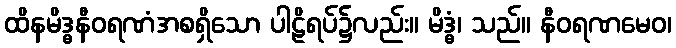
ထိနမိဒ္ဓနီဝရဏံအစရှိသော ပါဠိရပ်၌လည်း။ မိဒ္ဓံ၊ သည်။ နီဝရဏမေဝ၊